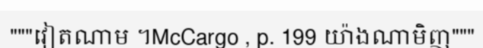
"""វៀតណាម ។McCargo , p. 199 យ៉ាងណាមិញ"""